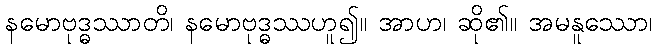
နမောဗုဒ္ဓဿာတိ၊ နမောဗုဒ္ဓဿဟူ၍။ အာဟ၊ ဆို၏။ အမနူဿော၊